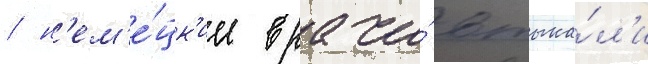
/ н'ем'е́цк'ие врачи́ втыка́л'и